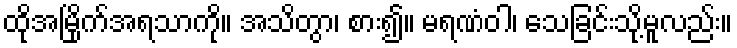
ထိုအမြိုက်အရသာကို။ အသိတွာ၊ စား၍။ မရဏံဝါ၊ သေခြင်းသို့မူလည်း။